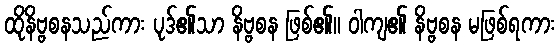
ထိုနိဗ္ဗစနသည်ကား ပုဒ်၏သာ နိဗ္ဗစန ဖြစ်၏။ ဝါကျ၏ နိဗ္ဗစန မဖြစ်ရကား